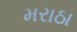
મરાઠા